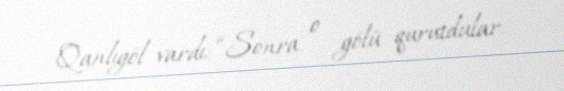
Qanlıgöl vardı: “Sonra o gölü qurutdular.